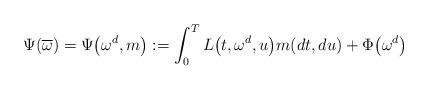
LaTeX: \begin{align*} \Psi(\overline{\omega}) = \Psi\bigl(\omega^d, m\bigr):= \int_0^T L \bigl(t,\omega^d, u\bigr) m(dt,du) + \Phi\bigl(\omega^d\bigr)\end{align*}